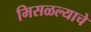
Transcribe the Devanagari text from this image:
मिसळल्याचे